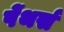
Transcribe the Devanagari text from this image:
पेंथर्स